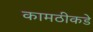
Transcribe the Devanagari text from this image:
कामठीकडे